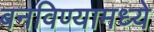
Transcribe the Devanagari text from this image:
बनविण्यामध्ये